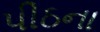
પીઠના